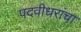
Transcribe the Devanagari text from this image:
पदवीधरांचा